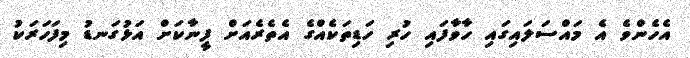
އެހެންވެ އެ މައްސަލައިގައި ހާވާފައި ހުރި ހަޑިތަކެއްގެ އެތެރެއަށް ފީނާކަށް އަޅުގަނޑު މިފަހަރަކު